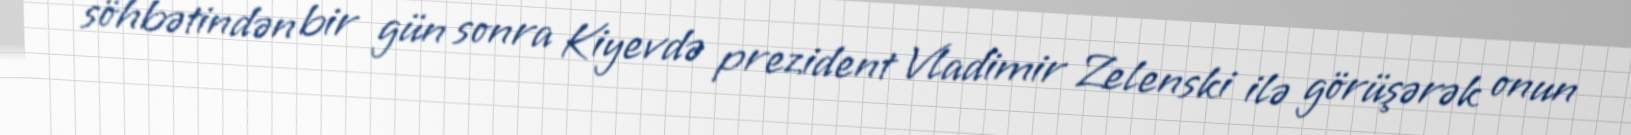
söhbətindən bir gün sonra Kiyevdə prezident Vladimir Zelenski ilə görüşərək onun